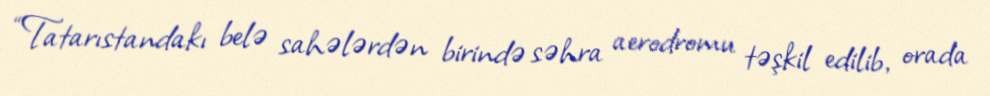
“Tatarıstandakı belə sahələrdən birində səhra aerodromu təşkil edilib, orada